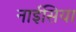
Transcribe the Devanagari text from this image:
नाईसिया